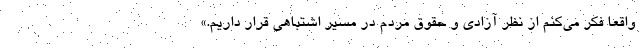
واقعا فکر می‌کنم از نظر آزادی و حقوق مردم در مسیر اشتباهی قرار داریم.»